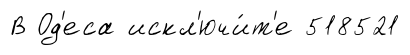
В Од'еса искл'ючи́т'е 518521